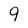
Character: 9